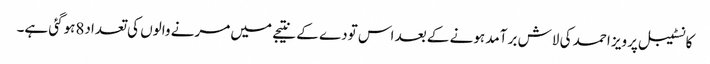
کانسٹیبل پرویز احمد کی لاش بر آمد ہونے کے بعد اس تودے کے نتیجے میں مرنے والوں کی تعداد8ہوگئی ہے۔